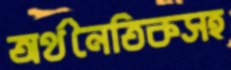
অর্থনৈতিকসহ